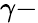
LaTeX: \gamma-